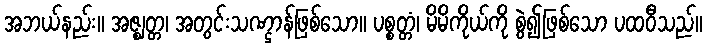
အဘယ်နည်း။ အဇ္ဈတ္တ၊ အတွင်းသဏ္ဌာန်ဖြစ်သော။ ပစ္စတ္တံ၊ မိမိကိုယ်ကို စွဲ၍ဖြစ်သော ပထဝီသည်။